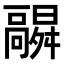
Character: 𬴛